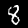
Digit: 8